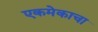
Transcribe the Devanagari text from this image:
एकमेकाचा